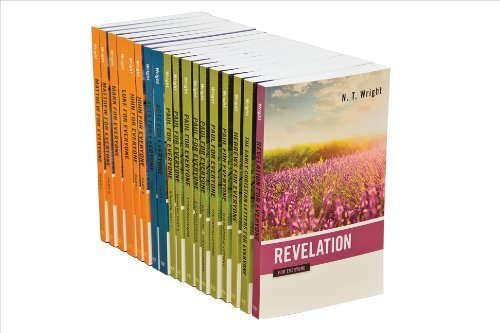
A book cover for New Testament For Everyone Set, 18 Volumes (The New Testament for Everyone); N. T. Wright; Christian Books & Bibles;